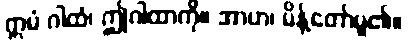
ဣမံ ဂါထံ၊ ဤဂါထာကို။ အာဟ၊ မိန့်တော်မူ၏။